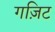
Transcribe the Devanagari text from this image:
गज़िट